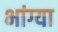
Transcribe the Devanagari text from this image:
भांग्या